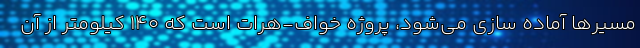
مسیرها آماده سازی می‌شود، پروژه خواف-هرات است که ۱۴۰ کیلومتر از آن